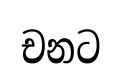
චනට